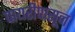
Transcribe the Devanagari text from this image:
पायरीपासून